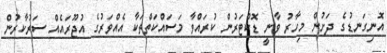
އޮނިގަނޑުގެ ދަށުން މިހާރު ވާނީ ޑޮކްޓަރުން ކުރައްވާ މަސައްކަތްތަކާ އެއްވަރުގެ އުޖޫރައެއް ސަރުކާރުން